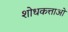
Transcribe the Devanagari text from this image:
शोधकत्ताओं